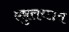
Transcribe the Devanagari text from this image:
एष़ुत्तच्छन